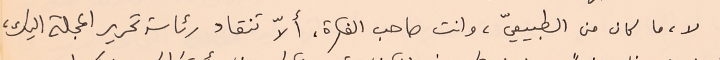
لا، ما كان من الطبيعيّ، وانت صاحب الفكرة، ألاّ تنقاد رئاسة تحرير المجلة اليك،